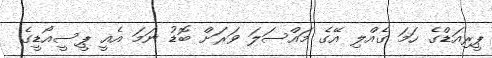
ޕީރިއަޑްގެ ހަމަ ގެއްލި އޭގެ މައްސަލަ ވަރަށް ބޮޑު ނަމަ އެއީ ޕީސީއޯޑީގެ